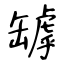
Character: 罅